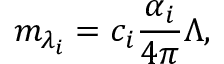
m _ { \lambda _ { i } } = c _ { i } \frac { \alpha _ { i } } { 4 \pi } \Lambda ,